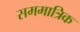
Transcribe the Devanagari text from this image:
सममात्रिक